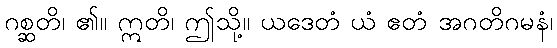
ဂစ္ဆတိ၊ ၏။ ဣတိ၊ ဤသို့။ ယဒေတံ ယံ ဧတံ အဂတိဂမနံ၊